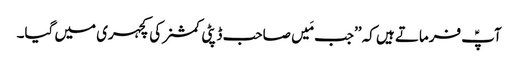
آپؑ فرماتے ہیں کہ ’’جب مَیں صاحب ڈپٹی کمشنر کی کچہری میں گیا۔